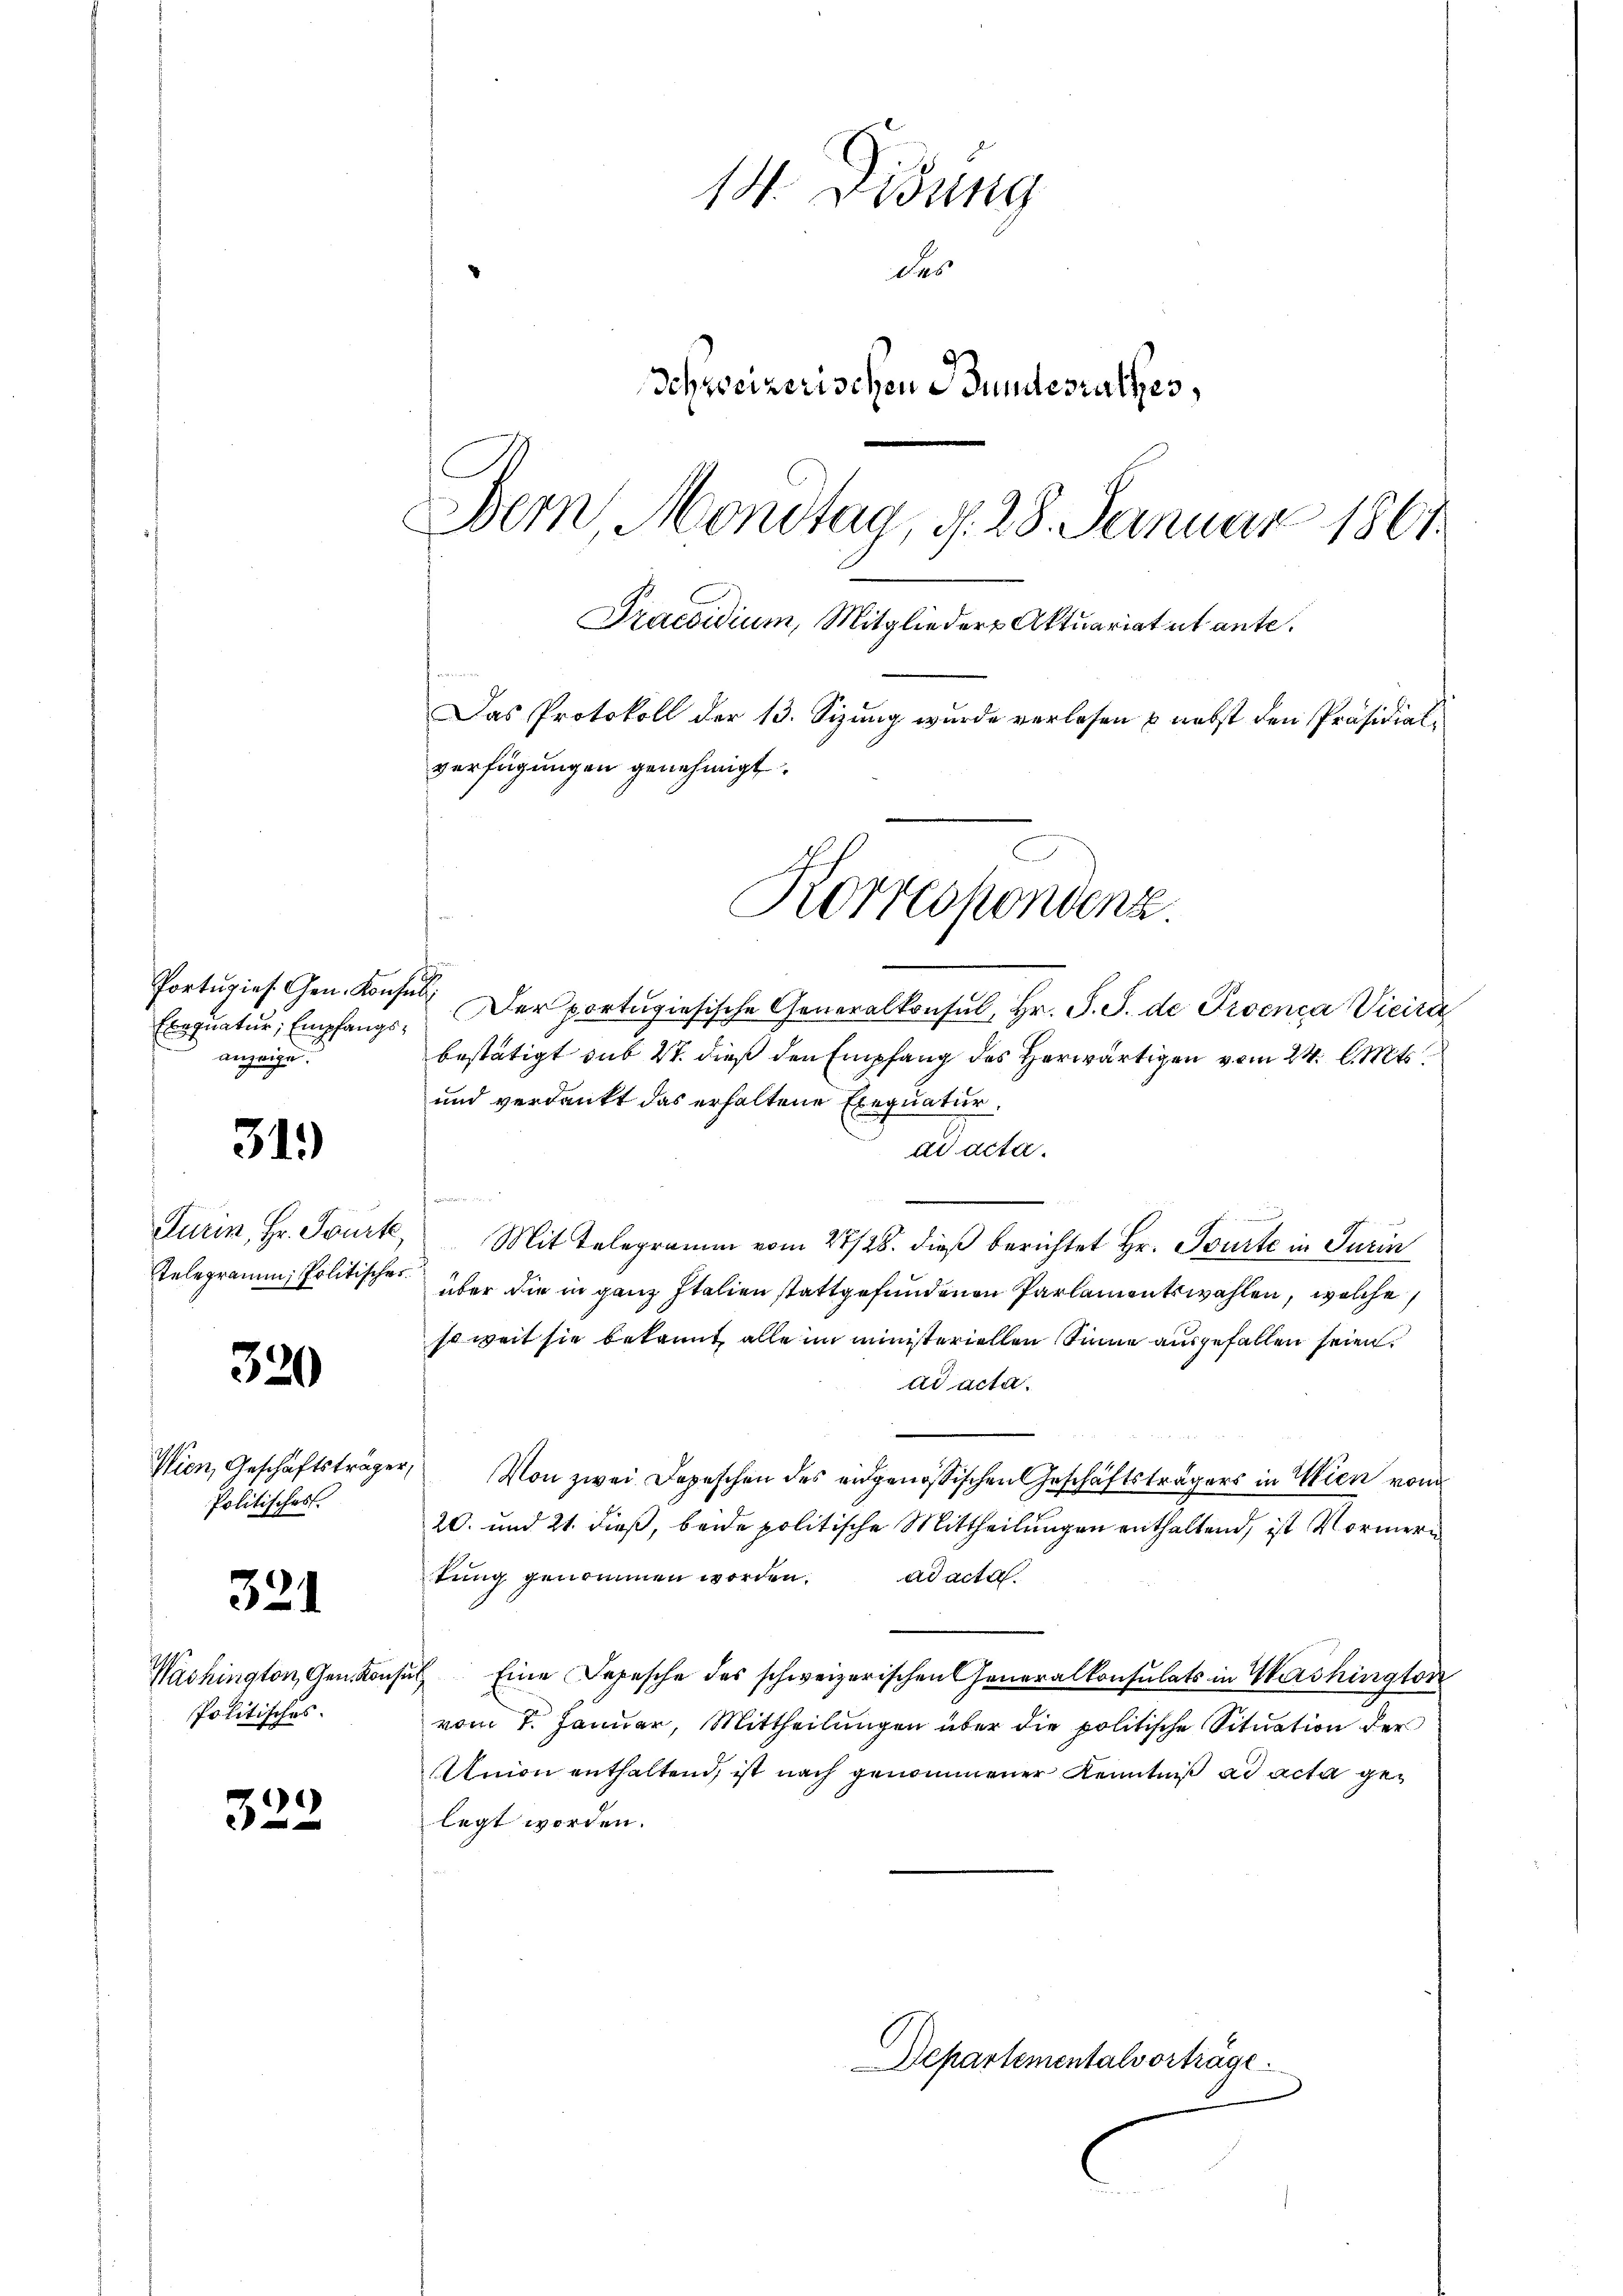
Exequatur, Empfangsanzeige.

31.)

Telegramm, Politisches

320

Wien, Geschäftsträger,
Politisches

321

19
Politisches.

322

14. Didung
des
Schweizerischen Bundesrathes,
Bern, Mondtag, d. 28. Januar 1861
Praesidium, Mitglieder Aktuariatut ante.
Das Protokoll der 13. Sizung wurde verlesen & nebst den Präsidialverfügungen genehmigt.
Korrespondenz.

Portugies. Gen. Konses. Der portugisische Generalkonsul, Hr. S. S. de Proenca Vicire
bestätigt sub 2t. dieß den Empfang des Herwärtigen vom 24. d. Mts.
und verdankt das erhaltene Exequatur
ad acta.
n
u
Turin, Hr. Sourt, Mit Telegramm vom 22/28. dieß berichtet Hr. Tourte in Turin
über die in ganz Italien stattgefundenen Parlamentswahlen, welche
soweit sie bekannt, alle im ministeriellen Sinne ausgefallen seien.
ad acta.
Von zwei Depeschen des eidgenössischen Geschäftsträgers in Wien vom
20. und 21. dieß, beide politische Mittheilungen enthaltend, ist Vormern
tŭng genommen worden. ad acta.
Washington, Gen. Konsul Eine Depesche des schweizerischen Generalkonsulats in Washington
vom 7. Januar, Mittheilungen über die politische Situation der
Union enthaltend, ist nach genommener Kenntniß ad acta gelegt worden.

Departementalvorträge.